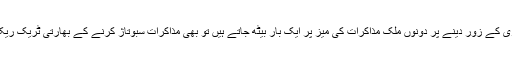
بھارت اول تو مذاکرات پر تیار ہی نہیں‘ اگر عالمی برادری کے زور دینے پر دونوں ملک مذاکرات کی میز پر ایک بار بیٹھ جاتے ہیں تو بھی مذاکرات سبوتاژ کرنے کے بھارتی ٹریک ریکارڈ کی روشنی میں اب بھی کسی پیشرفت کا امکان نہیں۔